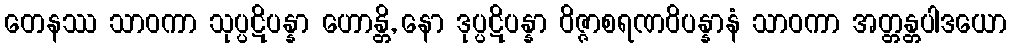
တေနဿ သာဝကာ သုပ္ပဋိပန္နာ ဟောန္တိ, နော ဒုပ္ပဋိပန္နာ ဝိဇ္ဇာစရဏဝိပန္နာနံ သာဝကာ အတ္တန္တပါဒယော